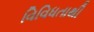
વિવિધતાથી